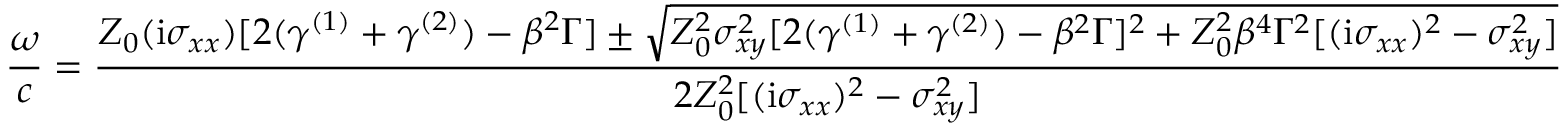
\frac { \omega } { c } = \frac { Z _ { 0 } ( \mathrm { i } \sigma _ { x x } ) [ 2 ( \gamma ^ { ( 1 ) } + \gamma ^ { ( 2 ) } ) - \beta ^ { 2 } \Gamma ] \pm \sqrt { Z _ { 0 } ^ { 2 } \sigma _ { x y } ^ { 2 } [ 2 ( \gamma ^ { ( 1 ) } + \gamma ^ { ( 2 ) } ) - \beta ^ { 2 } \Gamma ] ^ { 2 } + Z _ { 0 } ^ { 2 } \beta ^ { 4 } \Gamma ^ { 2 } [ ( \mathrm { i } \sigma _ { x x } ) ^ { 2 } - \sigma _ { x y } ^ { 2 } ] } } { 2 Z _ { 0 } ^ { 2 } [ ( \mathrm { i } \sigma _ { x x } ) ^ { 2 } - \sigma _ { x y } ^ { 2 } ] }